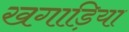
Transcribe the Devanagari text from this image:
खगाड़िया